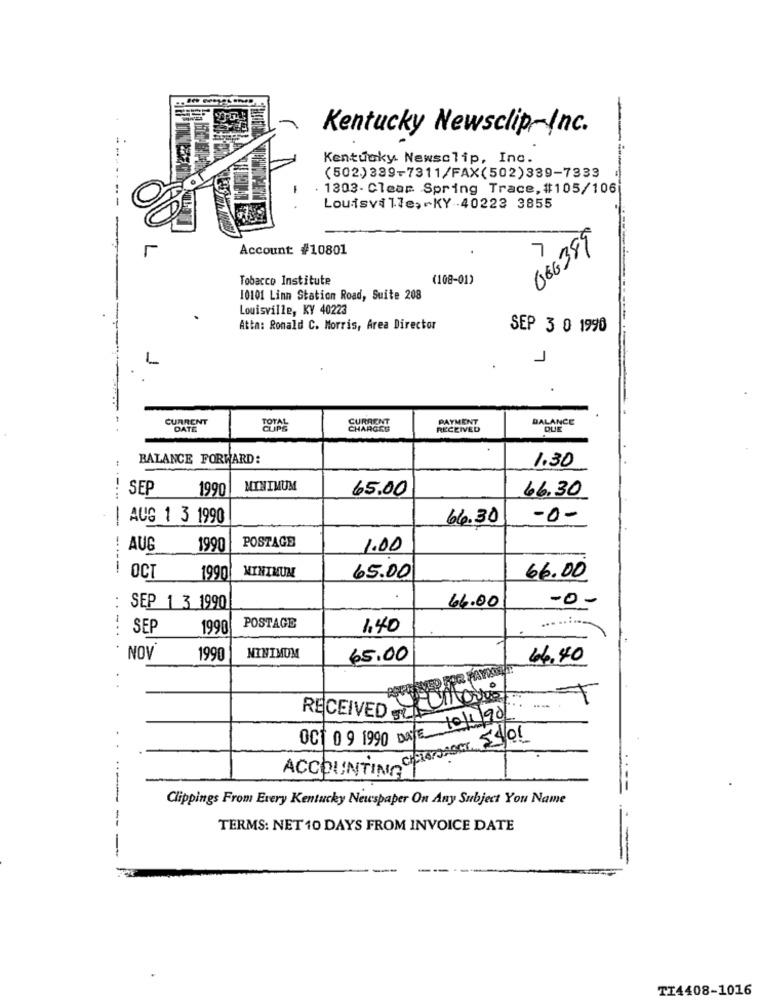
Kentucky Newsclip-Inc.
Kentucky Newsclip, Inc.
(502)339-7311/FAX(502)339-7333
. 1303- Clear. Spring Trace, #105/106
Louisville, KY-40223 3855
086389
L
Account: #10801
7
Tobacco Institute
(108-01)
10101 Linn Station Road, Suite 208
Louisville, KY 40223
Atta: Ronald C. Morris, Area Director
SEP 3 0 1990
1
CURRENT
CURRENT
PAYMENT
BALANCE
DATE
TOTAL
CHARGED
RECEIVED
BALANCE FORWARD:
1.30
SEP
1990
MINIMUM
65.00
66.30
AUG 1 3 1990
64.30
-0-
POSTAGE
AUG
1990
1.00
---------
MINIMUM
OCT
1990
65.00
66.00
66.00
-0-
. .
SEP 1 3 1990
-..
SEP
1990
POSTAGE
1,40
....
NOV
1990
MINIMUM
65.00
64,40
RECEIVED RUMOurs
001 0 9 1990 DATE 1011/90
ACCOUNTININ CIETAMAGOT 55/01
Clippings From Every Kentucky Newspaper On Any Subject You Name
--
TERMS: NET 10 DAYS FROM INVOICE DATE
-
TI4408-1016